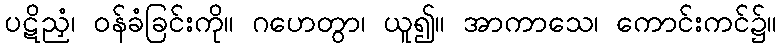
ပဋိညှံ၊ ဝန်ခံခြင်းကို။ ဂဟေတွာ၊ ယူ၍။ အာကာသေ၊ ကောင်းကင်၌။